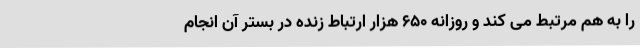
را به هم مرتبط می کند و روزانه 650 هزار ارتباط زنده در بستر آن انجام